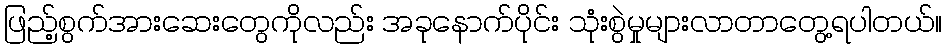
ဖြည့်စွက်အားဆေးတွေကိုလည်း အခုနောက်ပိုင်း သုံးစွဲမှုများလာတာတွေ့ရပါတယ်။